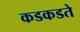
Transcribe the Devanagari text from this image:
कडकडते